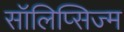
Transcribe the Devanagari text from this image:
सॉलिप्सिज्म